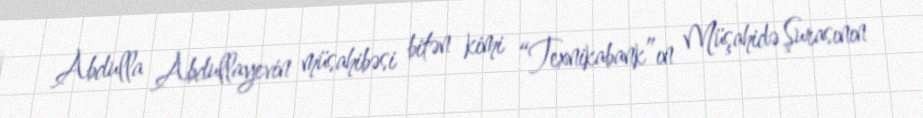
Abdulla Abdullayevin müsahibəsi bitən kimi “Texnikabank”ın Müşahidə Şurasının